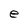
Character: e